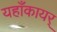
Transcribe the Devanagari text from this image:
यहाँकायर्